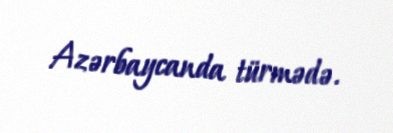
Azərbaycanda türmədə.